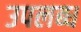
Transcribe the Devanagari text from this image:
उपलब्ध